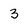
Character: 3